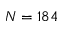
N = 1 8 4